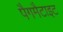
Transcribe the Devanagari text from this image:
पैगमैटाइट